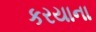
કરયાના